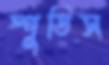
স্পুডিস